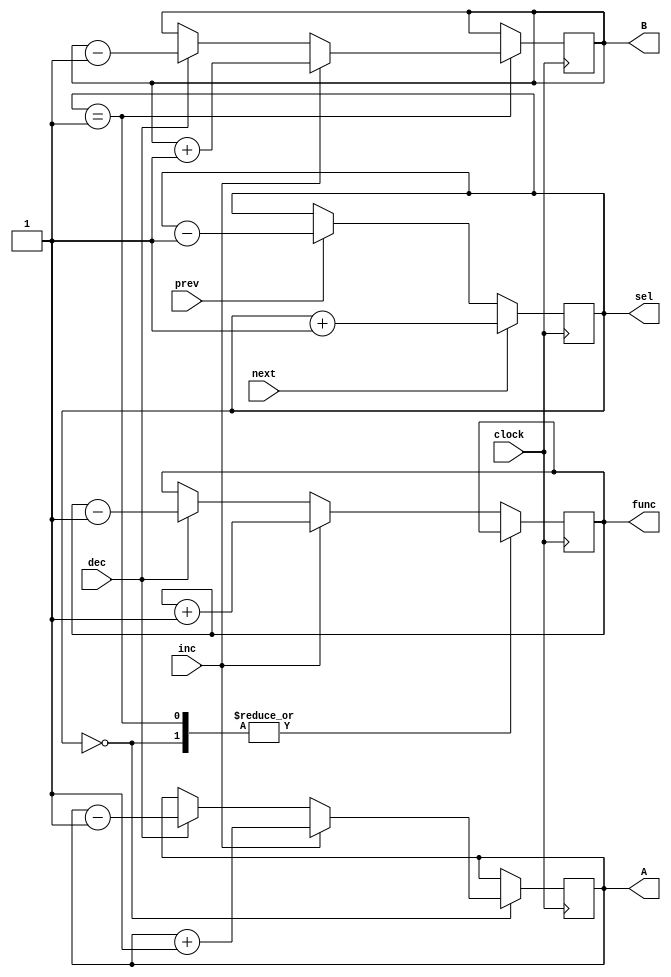
module organizer(A, B, func, sel, clock, dec, inc, prev, next);

output reg [4:0] A;
output reg [4:0] B;
output reg [4:0] func;
output reg [1:0] sel;

input clock;
input dec;
input inc;
input prev;
input next;

localparam SEL_A = 2'b00;
localparam SEL_B = 2'b01;
localparam SEL_F = 2'b10;


always @ (posedge clock) begin
	
	if (prev == 1)
		sel <= sel - 2'b1;
	if (next == 1)
		sel <= sel + 2'b1;	

end

always @ (posedge clock) begin

	case (sel)

		SEL_A: begin
			if (dec == 1)
				A <= A - 1;
			if (inc == 1)
				A <= A + 1;
		end
	
		SEL_B: begin
			if (dec == 1)
				B <= B - 1;
			if (inc == 1)
				B <= B + 1;
		end
		
		default: begin
			if (dec == 1)
				func <= func - 2'b1;
			if (inc == 1)
				func <= func + 2'b1;
		end

	endcase

end

endmodule